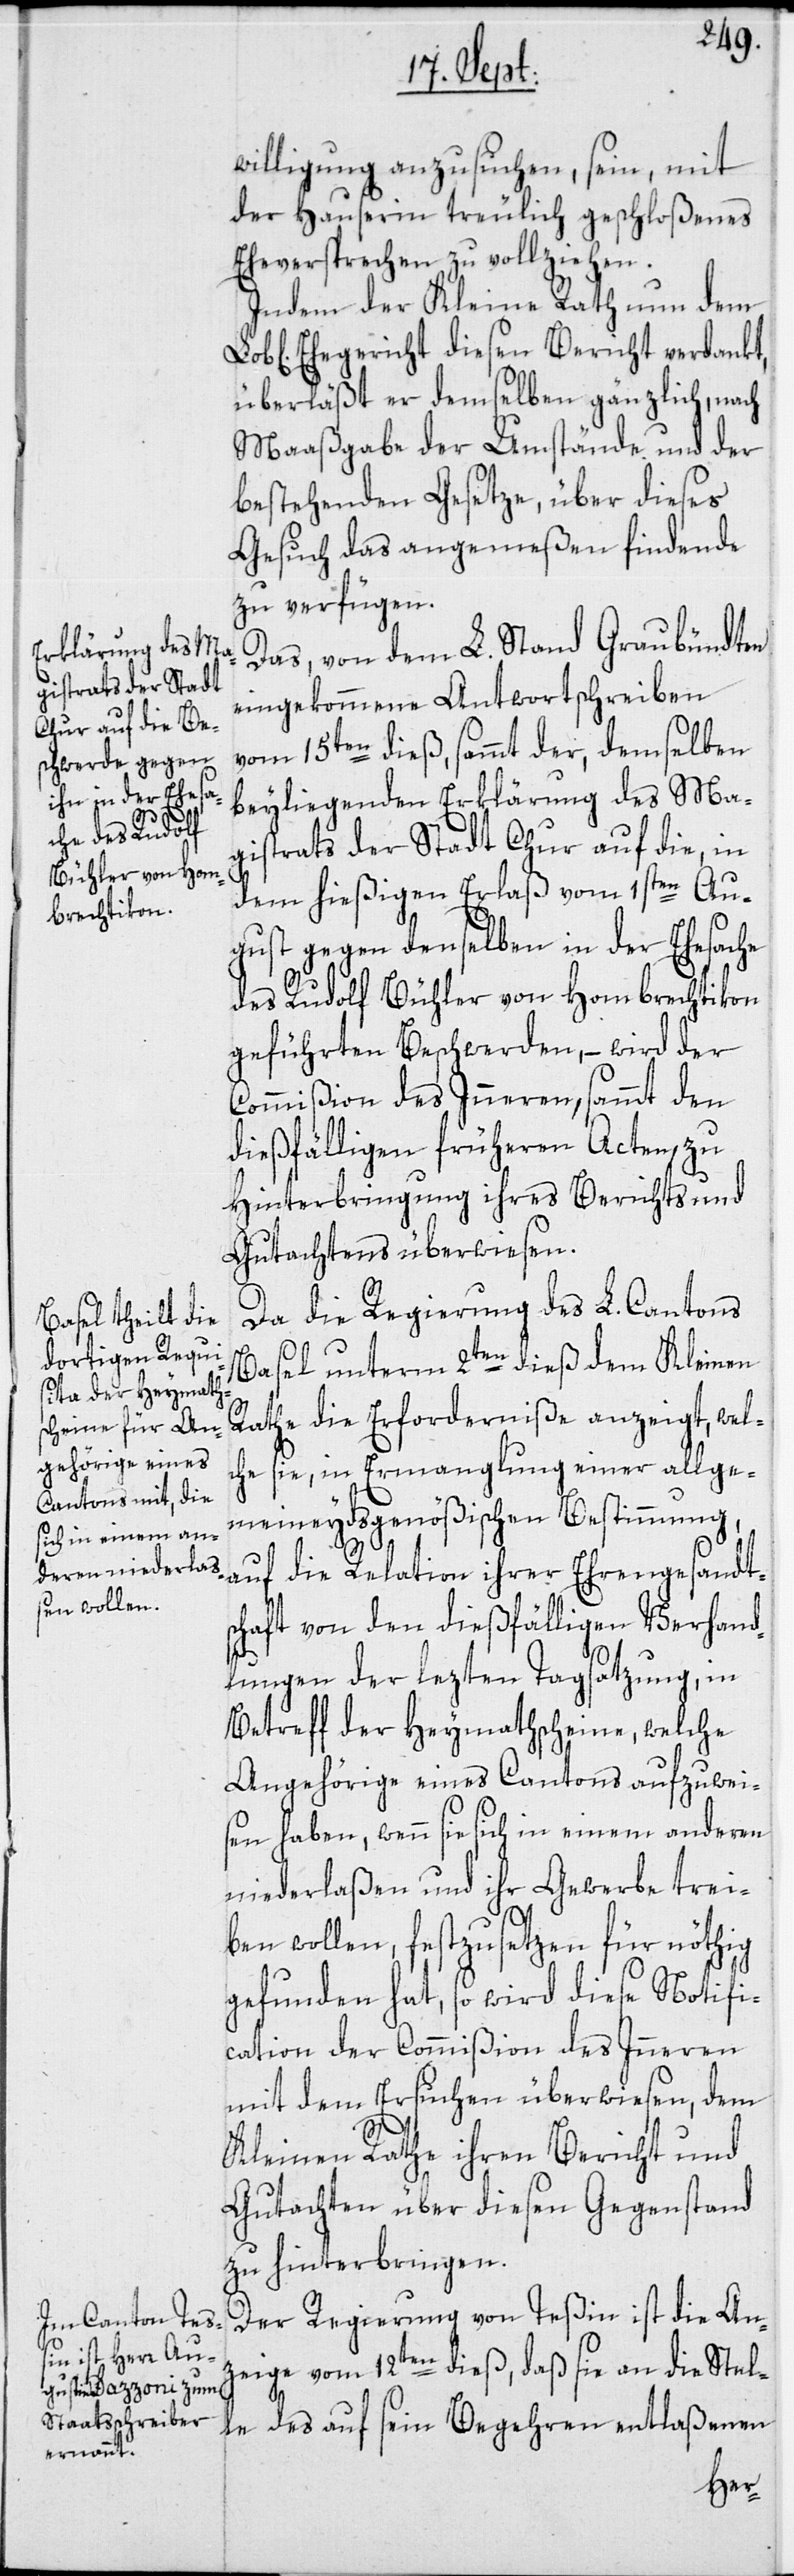
willigung anzusuchen, sein, mit
der Hauserin treulich geschloßenes
Eheversprechen zu vollziehen.
Indem der Kleine Rath nun dem
Ehegericht diesen Bericht verdankt,
überläßt er demselben gänzlich, nach
Maaßgabe der Umstände und der
bestehenden Gesetze, über dieses
Gesuch das angemeßen findende
zu verfügen.
Das, von dem L. Stand Graubündten
eingekommene Antwortschreiben
vom 15ten dieß, sammt der, demselben
beyliegenden Erklärung des Ma¬
gistrats der Stadt Chur auf die, in
dem hießigen Erlaß vom 1sten Au¬
gust gegen denselben in der Ehesache
des Rudolf Bühler von Hombrechtikon
geführten Beschwerden, – wird der
Commißion des Inneren, sammt den
dießfälligen früheren Acten, zu
Hinterbringung ihres Berichts und
Gutachtens überwiesen.
Da die Regierung des L. Cantons
Basel unterm 2ten dieß dem Kleinen
Rathe die Erforderniße anzeigt, wel¬
che sie, in Ermanglung einer allge¬
meineydsgenößischen Bestimmung,
auf die Relation ihrer Ehrengesandts¬
chaft von den dießfälligen Verhand¬
lungen der lezten Tagsatzung, in
Betreff der Heymathscheine, welche
Angehörige eines Cantons aufzuwei¬
sen haben, wenn sie sich in einem anderen
niederlaßen und ihr Gewerbe trei¬
ben wollen, festzusetzen für nöthig
gefunden hat, so wird diese Notifi¬
cation der Commißion des Inneren
mit dem Ersuchen überwiesen, dem
Kleinen Rathe ihren Bericht und
Gutachten über diesen Gegenstand
zu hinterbringen.
Der Regierung von Teßin ist die An¬
zeige vom 12ten dieß, daß sie an die Stel¬
le des auf sein Begehren entlaßenen